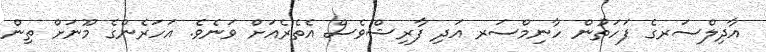
އާދިލްސަރގެ ފަހަތުން ހާނިމްސަރ އަދި ފާރިޝްވެސް އެތެރެއަށް ވަނެވެ. އަހަރެންގެ މޫނަށް ތިން